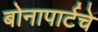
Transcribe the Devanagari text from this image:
बोनापार्टचे